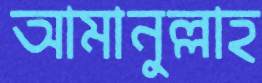
আমানুল্লাহ